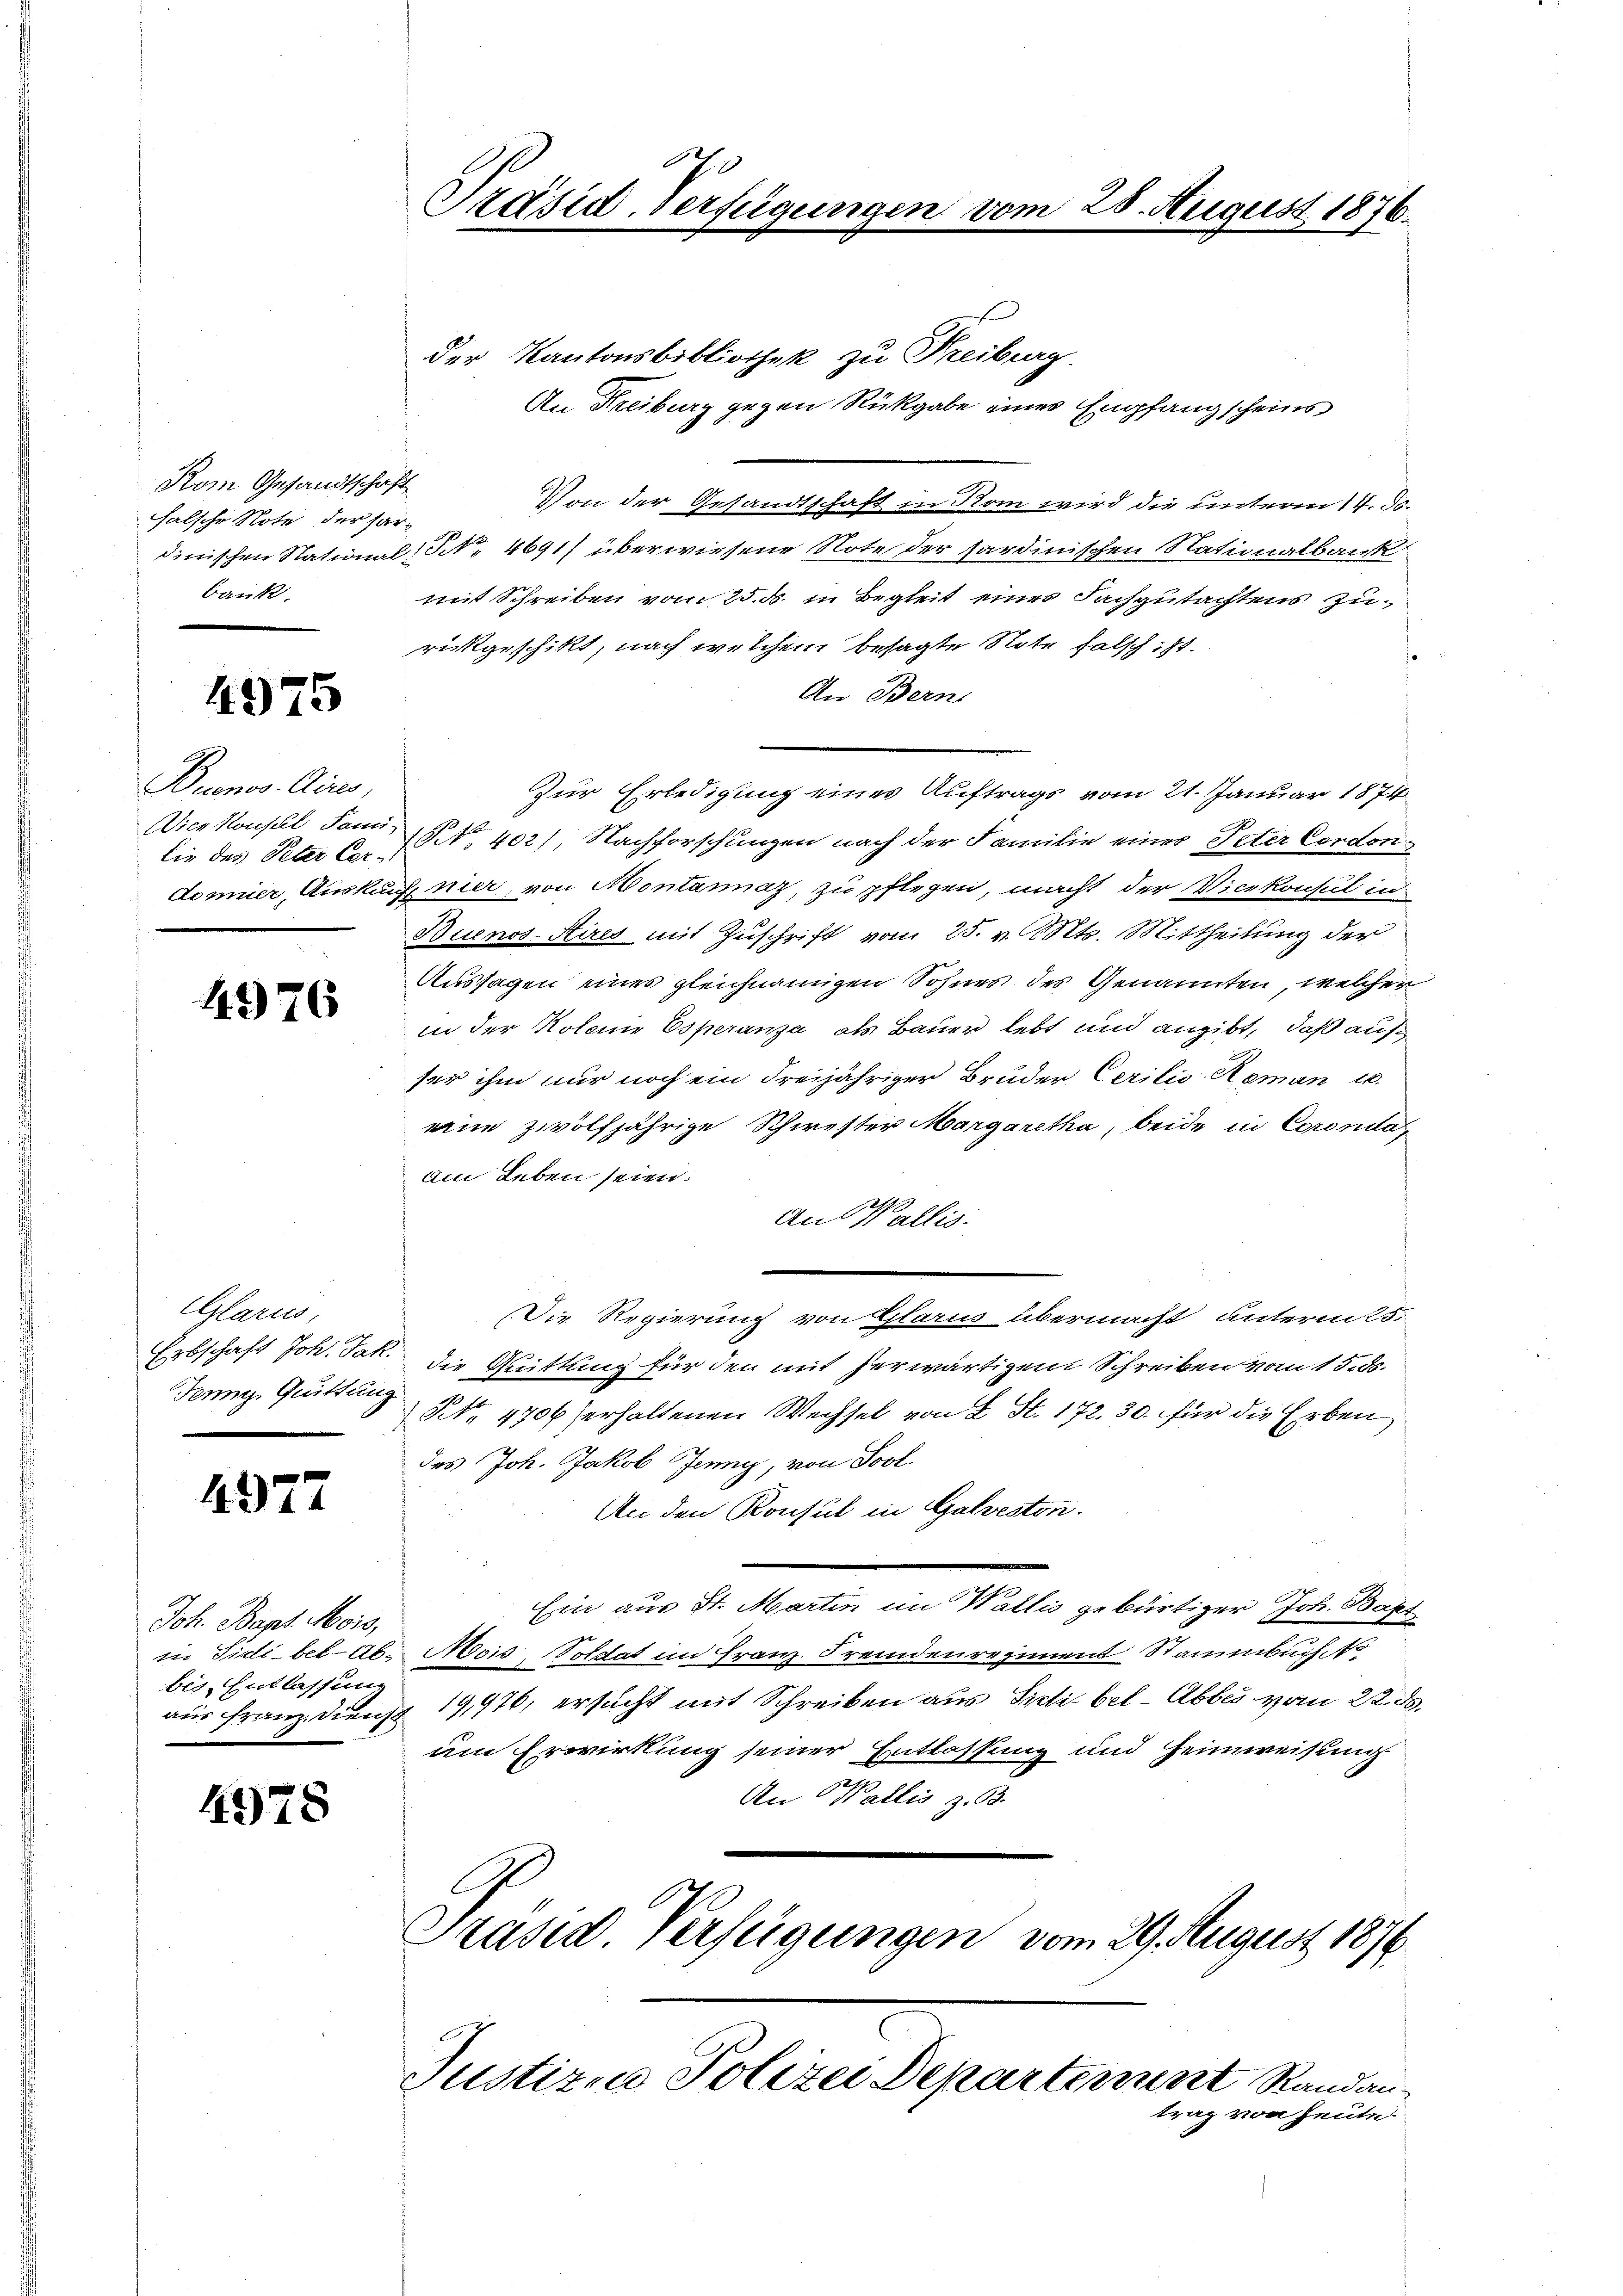
Kom Gesandtschaft
falsche Note, der har¬
Bank

4975

Buenos Aires,
lie des Peter Cer-

4976

Glarus,
Erbschaft Joh. Jak.
Jenny, Quittung

4977

Joh. Bapt. Mois,
bis Entlassung

4978

d
Präsid. Verfügungen vom 28. August 1876.

der Kantonsbibliothek zu Freiburg
An Freiburg gegen Rückgabe eines Empfangscheins
Von der Gesandtschaft in Rom wird die unterm 14. ds.
dinischen Stational No 4691) überwiesene Note der sardinischen Nationalbank
mit Schreiben vom 25. ds. in Begleit eines Fachgutachtens Zurückgeschikt, nach welchem besagte Note falsch: 1.
An Bern
Zur Erledigung eines Auftrags vom 21. Januar 1874
Dicekonsul Son 1 402), Nachforschungen nach der Familie eines Peter Cordon
Donner, Auskauf nier, von Montanaz, zu pflegen, macht der Vicekonsul in
Buenos-Aires mit Zuschrift vom 25. v. Mts. Mittheilung der
Aussagen eines gleichnamigen Sohnes des Genannten, welcher
in der Kolonie Esperanza als Bauer lebt und angibt, daß aufser ihm nur noch ein dreijähriger Bruder Cerilis Roman u.
eine zwölfjährige Schwester Margaretha, beide in Coronda
am Leben seien.
An Wallis.
Die Regierung von Glarus übermacht untermits.
die Quitting für den mit herwärtigem Schreiben vom 15. ds.
No. 4706 erhaltenen Wechsel von L. St. 172. 30. für die Erben
des Joh. Jakob Jenny, von Sool.
An den Konsul in Galveston.
Ein aus St. Martin im Wallis gebürtiger Joh. Bapt
in Fidibel - Ab. Mois, Soldat im Franz. Fremdenregiment Stammbuch, so
aus Franz, Dienst 19,976, ersucht mit Schreiben aus Sidi bel-Abbes vom 22. ds.
um Erwirkung seiner Entlassung und Heimweisung
An Wallis z. B.
Präsid. Verfügungen vom 29. August 1874.

Justizen Polizei Departement Standautrag von heute.